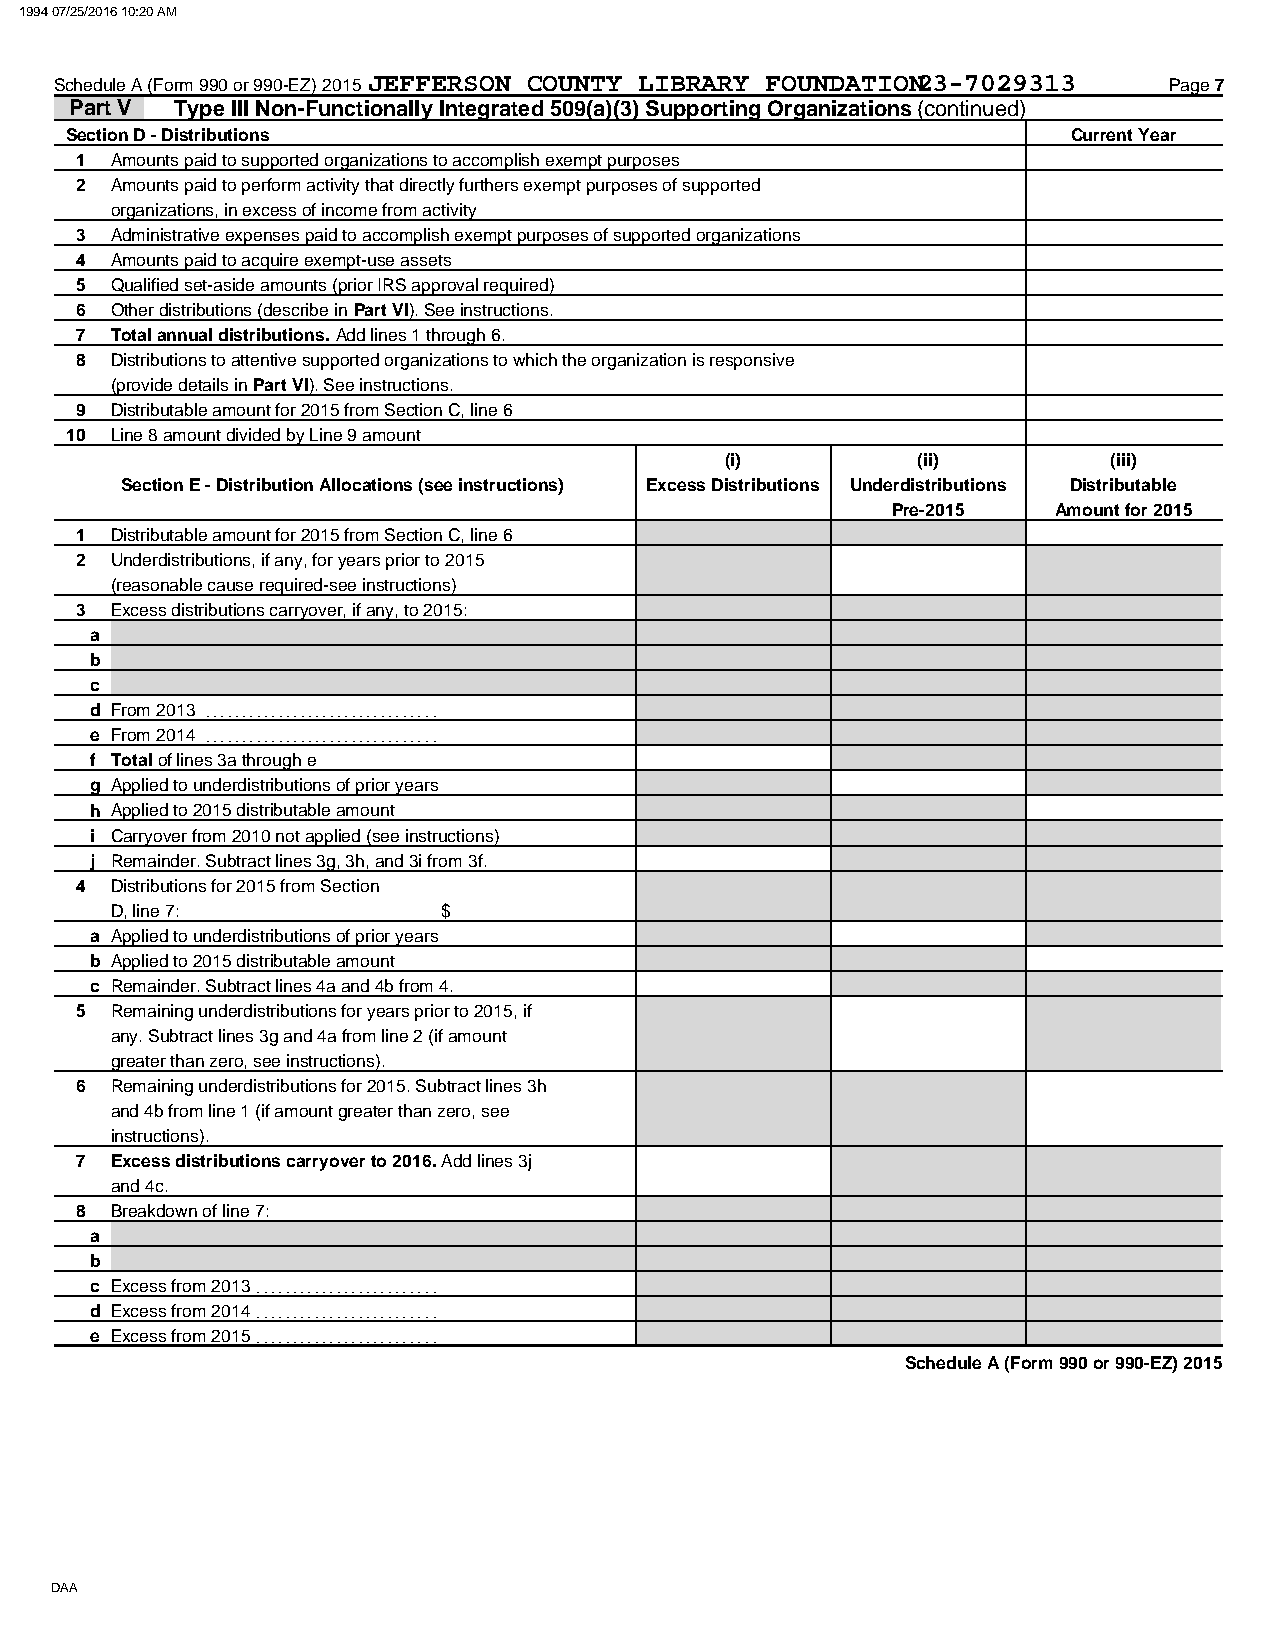
1994 07/25/2016 10:20 AM
 Schedule A (Form 990 or 990-EZ) 2015 JEFFERSON COUNTY LIBRARY FOUNDATION23-7029313 Page 7
 Part V Type III Non-Functionally Integrated 509(a)(3) Supporting Organizations (continued)
 Section D - Distributions                                          Current Year
 1 Amounts paid to supported organizations to accomplish exempt purposes
 2 Amounts paid to perform activity that directly furthers exempt purposes of supported
 organizations, in excess of income from activity
 3 Administrative expenses paid to accomplish exempt purposes of supported organizations
 4 Amounts paid to acquire exempt-use assets
 5 Qualified set-aside amounts (prior IRS approval required)
 6 Other distributions (describe in Part VI). See instructions.
 7 Total annual distributions. Add lines 1 through 6.
 8 Distributions to attentive supported organizations to which the organization is responsive
 (provide details in Part VI). See instructions.
 9 Distributable amount for 2015 from Section C, line 6
 10 Line 8 amount divided by Line 9 amount
 (i)          (ii)         (iii)
 Section E - Distribution Allocations (see instructions) Excess Distributions Underdistributions Distributable
 Pre-2015   Amount for 2015
 1 Distributable amount for 2015 from Section C, line 6
 2 Underdistributions, if any, for years prior to 2015
 (reasonable cause required-see instructions)
 3 Excess distributions carryover, if any, to 2015:
 a
 b
 c
 d From 2013 . . . . . . . . . . . . . . . . . . . . . . . . . . . . . . . .
 e From 2014 . . . . . . . . . . . . . . . . . . . . . . . . . . . . . . . .
 f Total of lines 3a through e
 g Applied to underdistributions of prior years
 h Applied to 2015 distributable amount
 i Carryover from 2010 not applied (see instructions)
 j Remainder. Subtract lines 3g, 3h, and 3i from 3f.
 4 Distributions for 2015 from Section
 D, line 7:            $
 a Applied to underdistributions of prior years
 b Applied to 2015 distributable amount
 c Remainder. Subtract lines 4a and 4b from 4.
 5 Remaining underdistributions for years prior to 2015, if
 any. Subtract lines 3g and 4a from line 2 (if amount
 greater than zero, see instructions).
 6 Remaining underdistributions for 2015. Subtract lines 3h
 and 4b from line 1 (if amount greater than zero, see
 instructions).
 7 Excess distributions carryover to 2016. Add lines 3j
 and 4c.
 8 Breakdown of line 7:
 a
 b
 c Excess from 2013 . . . . . . . . . . . . . . . . . . . . . . . . .
 d Excess from 2014 . . . . . . . . . . . . . . . . . . . . . . . . .
 e Excess from 2015 . . . . . . . . . . . . . . . . . . . . . . . . .
 Schedule A (Form 990 or 990-EZ) 2015
 DAA